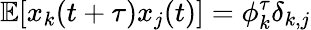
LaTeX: \mathbb{E}[x_{k}(t+\tau)x_{j}(t)]=\phi_{k}^{\tau}\delta_{k,j}